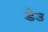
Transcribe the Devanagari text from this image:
डेउ